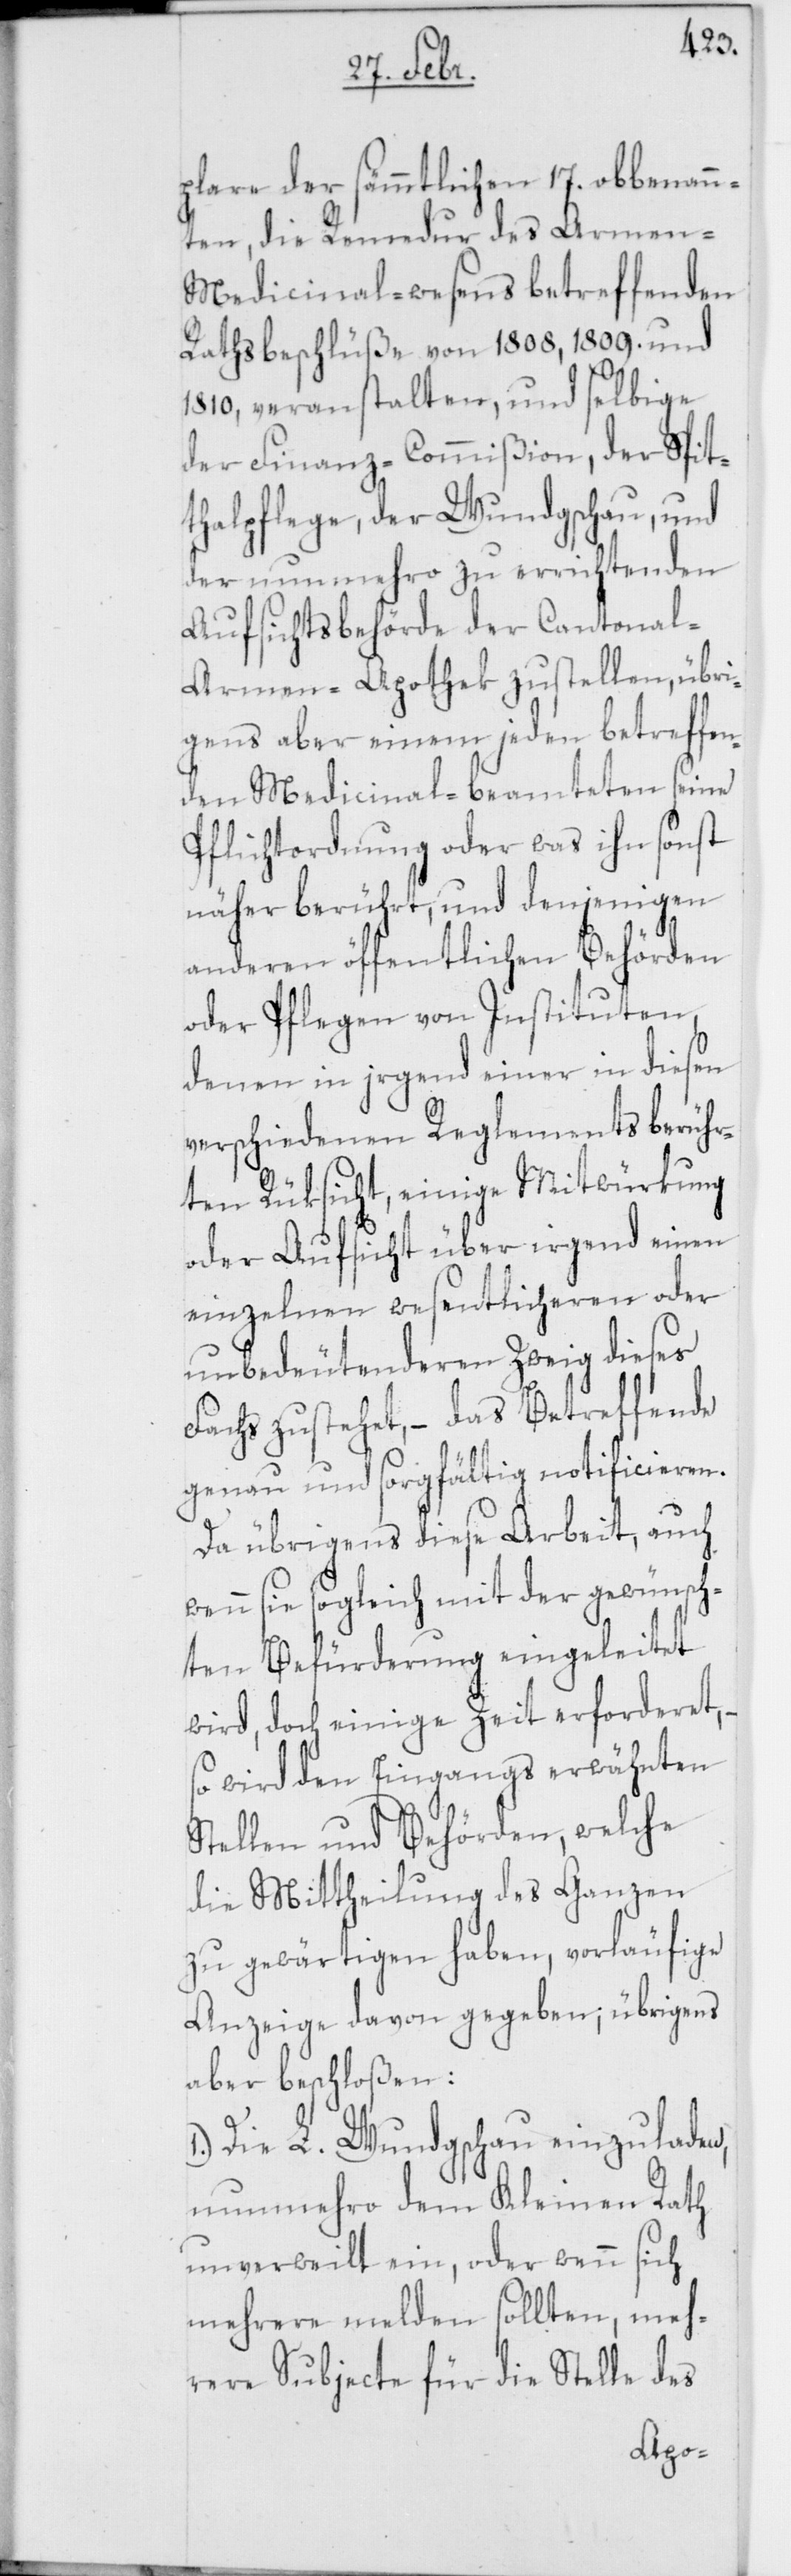
lare der sämmtlichen 17. obbenann¬
ten, die Remedur des Armen-M¬
edicinal-Wesens betreffenden
Rathsbeschlüße von 1808, 1809. und
1810, veranstalten, und selbige
der Finanz-Commißion, der Spit¬
thalpflege, der Wundgschau, und
der nunmehro zu errichtenden
Aufsichtsbehörde der Cantonal-A¬
rmen-Apothek zustellen, übri¬
gens aber einem jeden betreffe¬
nden Medicinalbeamteten seine
Pflichtordnung oder was ihn sonst
näher berührt, und denjenigen
anderen öffentlichen Behörden
oder Pflegen von Instituten,
denen in irgend einer in diesen
verschiedenen Reglements berühr¬
ten Rüksicht, einige Mitwürkung
oder Aufsicht über irgend einen
einzelnen wesentlicheren oder
unbedeutenderen Zweig dieses
Fachs zustehet, – das Betreffende
genau und sorgfältig notificieren.
Da übrigens diese Arbeit, auch
wenn sie sogleich mit der gewünsch¬
ten Befürderung eingeleitet
wird, doch einige Zeit erforderet,
so wird den eingangs erwähnten
Stellen und Behörden, welche
die Mittheilung des Ganzen
zu gewärtigen haben, vorläufige
Anzeige davon gegeben; übrigens
aber beschloßen:
1.) Die L. Wundgschau einzuladen,
nunmehro dem Kleinen Rath
unverweilt ein, oder wenn sich
mehrere melden sollten, meh¬
rere Subjecte für die Stelle des